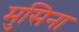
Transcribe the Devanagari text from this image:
मुसिना